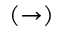
( \rightarrow )